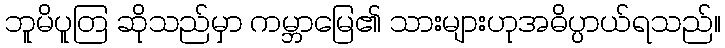
ဘူမိပူတြ ဆိုသည်မှာ ကမ္ဘာမြေ၏ သားများဟုအဓိပ္ပာယ်ရသည်။